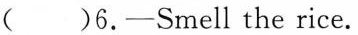
( )6.-Smell the rice.